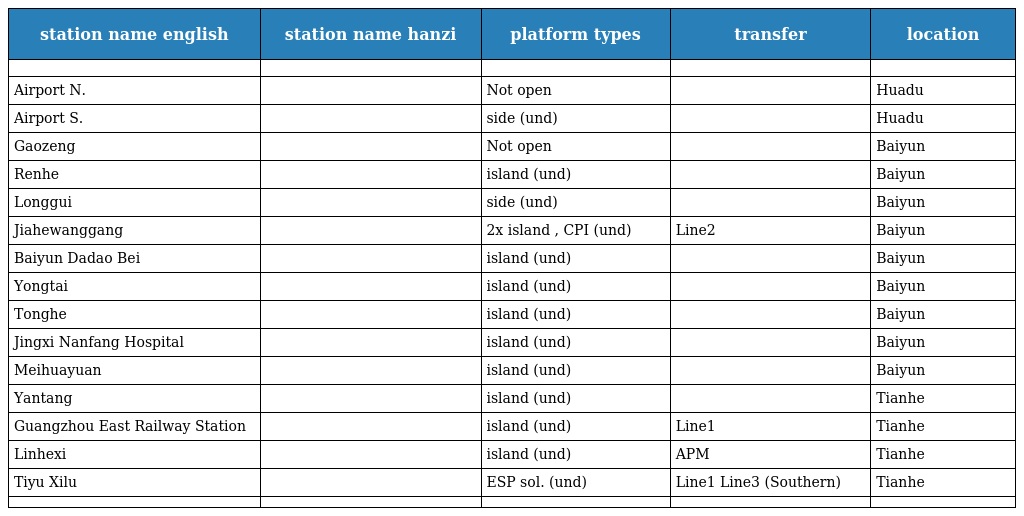
| station name english | station name hanzi | platform types | transfer | location |
 | --- | --- | --- | --- | --- |
 |  |  |  |  |  |
 | Airport N. | 机场北 | Not open |  | Huadu |
 | Airport S. | 机场南 | side (und) |  | Huadu |
 | Gaozeng | 高增 | Not open |  | Baiyun |
 | Renhe | 人和 | island (und) |  | Baiyun |
 | Longgui | 龙归 | side (und) |  | Baiyun |
 | Jiahewanggang | 嘉禾望岗 | 2x island , CPI (und) | Line2 | Baiyun |
 | Baiyun Dadao Bei | 白云大道北 | island (und) |  | Baiyun |
 | Yongtai | 永泰 | island (und) |  | Baiyun |
 | Tonghe | 同和 | island (und) |  | Baiyun |
 | Jingxi Nanfang Hospital | 京溪南方医院 | island (und) |  | Baiyun |
 | Meihuayuan | 梅花园 | island (und) |  | Baiyun |
 | Yantang | 燕塘 | island (und) |  | Tianhe |
 | Guangzhou East Railway Station | 广州东站 | island (und) | Line1 | Tianhe |
 | Linhexi | 林和西 | island (und) | APM | Tianhe |
 | Tiyu Xilu | 体育西路 | ESP sol. (und) | Line1 Line3 (Southern) | Tianhe |
 |  |  |  |  |  |